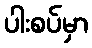
ပါးစပ်မှာ